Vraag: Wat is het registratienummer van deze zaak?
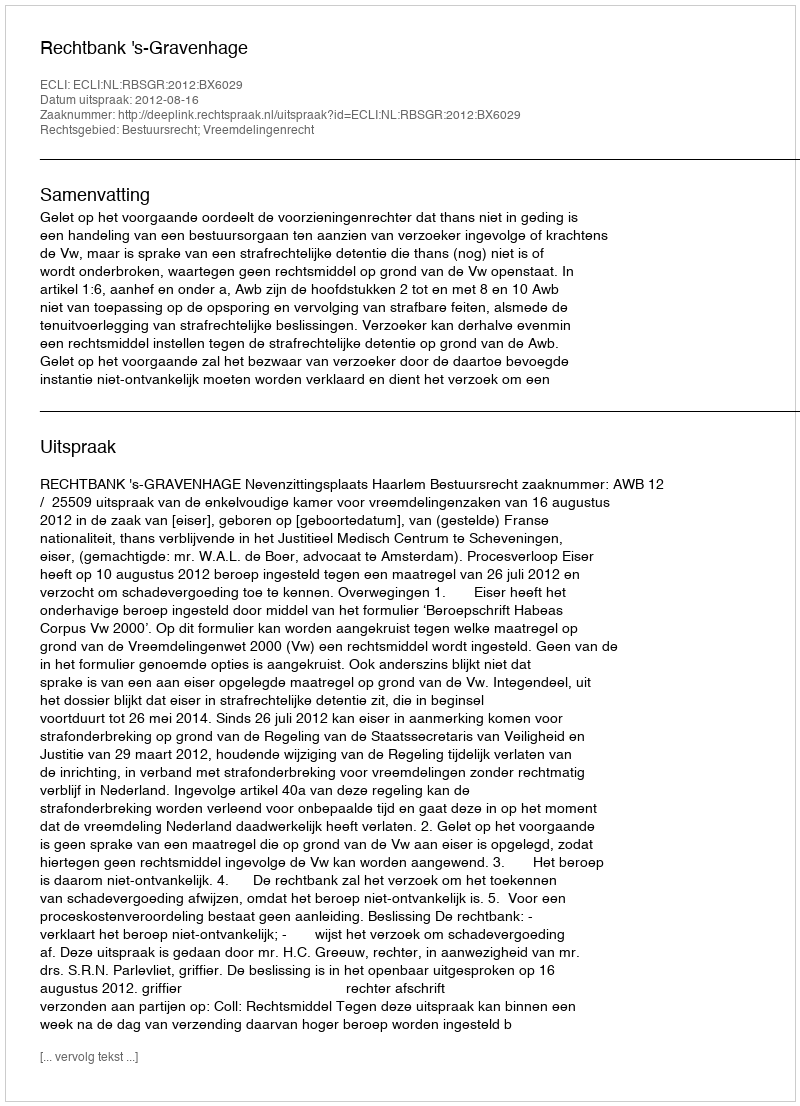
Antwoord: http://deeplink.rechtspraak.nl/uitspraak?id=ECLI:NL:RBSGR:2012:BX6029